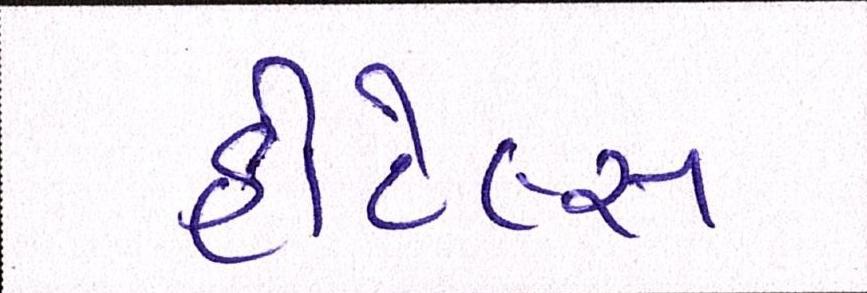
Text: હોટેલ્સ